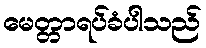
မေတ္တာရပ်ခံပါသည်